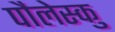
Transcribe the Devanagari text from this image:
पौलेस्कु